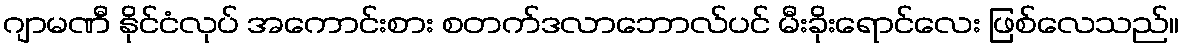
ဂျာမဏီ နိုင်ငံလုပ် အကောင်းစား စတက်ဒလာဘောလ်ပင် မီးခိုးရောင်လေး ဖြစ်လေသည်။